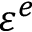
\varepsilon ^ { e }